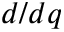
d / d q